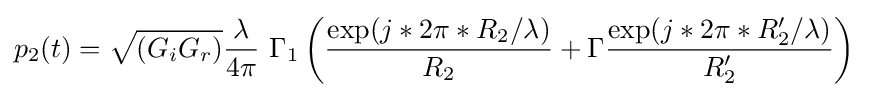
p_{2}(t)={\sqrt {(G_{i}G_{r})}}{\frac {\lambda }{4\pi }}~\Gamma _{1}\left({\frac {\exp(j*2\pi *R_{2}/{\lambda })}{R_{2}}}+\Gamma {\frac {\exp(j*2\pi *R_{2}'/{\lambda })}{R_{2}'}}\right)